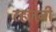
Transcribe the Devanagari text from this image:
रहजनी